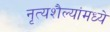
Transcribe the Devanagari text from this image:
नृत्यशैल्यांमध्ये